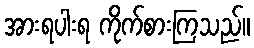
အားရပါးရ ကိုက်စားကြသည်။